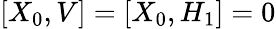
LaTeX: [X_{0},V]=[X_{0},H_{1}]=0